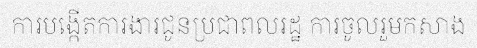
ការបង្កើតការងារជូនប្រជាពលរដ្ឋ ការចូលរួមកសាង